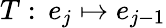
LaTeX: T:\, e_{j}\mapsto e_{j-1}